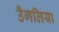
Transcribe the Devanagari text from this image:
उँगलिया